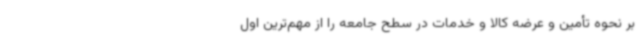
بر نحوه تأمین و عرضه کالا و خدمات در سطح جامعه را از مهم‌ترین اول